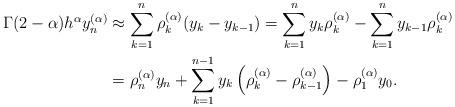
LaTeX: \begin{align*}\Gamma (2-\alpha)h^\alpha y^{(\alpha)}_n &\approx \sum_{k=1}^n \rho_k^{(\alpha)}(y_k-y_{k-1})=\sum_{k=1}^n y_k\rho_k^{(\alpha)}-\sum_{k=1}^n y_{k-1}\rho_{k}^{(\alpha)}\\& =\rho_n^{(\alpha)} y_n+\sum_{k=1}^{n-1} y_k\left(\rho_k^{(\alpha)}-\rho_{k-1}^{(\alpha)}\right)-\rho_1^{(\alpha)}y_0.\end{align*}